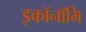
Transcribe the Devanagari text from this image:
इकॉनॉमि